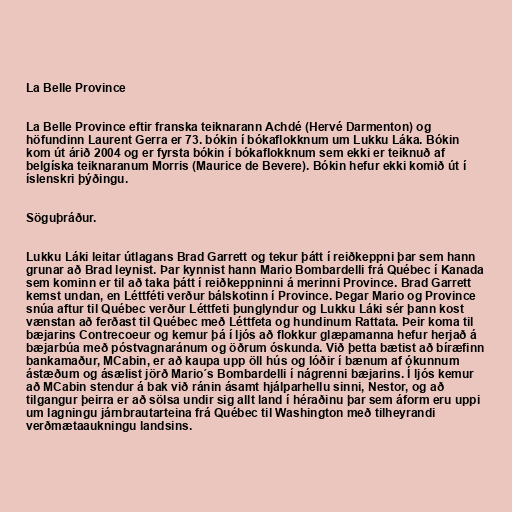
La Belle Province

La Belle Province eftir franska teiknarann Achdé (Hervé Darmenton) og
höfundinn Laurent Gerra er 73. bókin í bókaflokknum um Lukku Láka. Bókin
kom út árið 2004 og er fyrsta bókin í bókaflokknum sem ekki er teiknuð af
belgíska teiknaranum Morris (Maurice de Bevere). Bókin hefur ekki komið út í
íslenskri þýðingu.

Söguþráður.

Lukku Láki leitar útlagans Brad Garrett og tekur þátt í reiðkeppni þar sem hann
grunar að Brad leynist. Þar kynnist hann Mario Bombardelli frá Québec í Kanada
sem kominn er til að taka þátt í reiðkeppninni á merinni Province. Brad Garrett
kemst undan, en Léttféti verður bálskotinn í Province. Þegar Mario og Province
snúa aftur til Québec verður Léttfeti þunglyndur og Lukku Láki sér þann kost
vænstan að ferðast til Québec með Léttfeta og hundinum Rattata. Þeir koma til
bæjarins Contrecoeur og kemur þá í ljós að flokkur glæpamanna hefur herjað á
bæjarbúa með póstvagnaránum og öðrum óskunda. Við þetta bætist að bíræfinn
bankamaður, MCabin, er að kaupa upp öll hús og lóðir í bænum af ókunnum
ástæðum og ásælist jörð Mario´s Bombardelli í nágrenni bæjarins. Í ljós kemur
að MCabin stendur á bak við ránin ásamt hjálparhellu sinni, Nestor, og að
tilgangur þeirra er að sölsa undir sig allt land í héraðinu þar sem áform eru uppi
um lagningu járnbrautarteina frá Québec til Washington með tilheyrandi
verðmætaaukningu landsins.